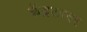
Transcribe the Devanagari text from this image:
केंद्रकावर